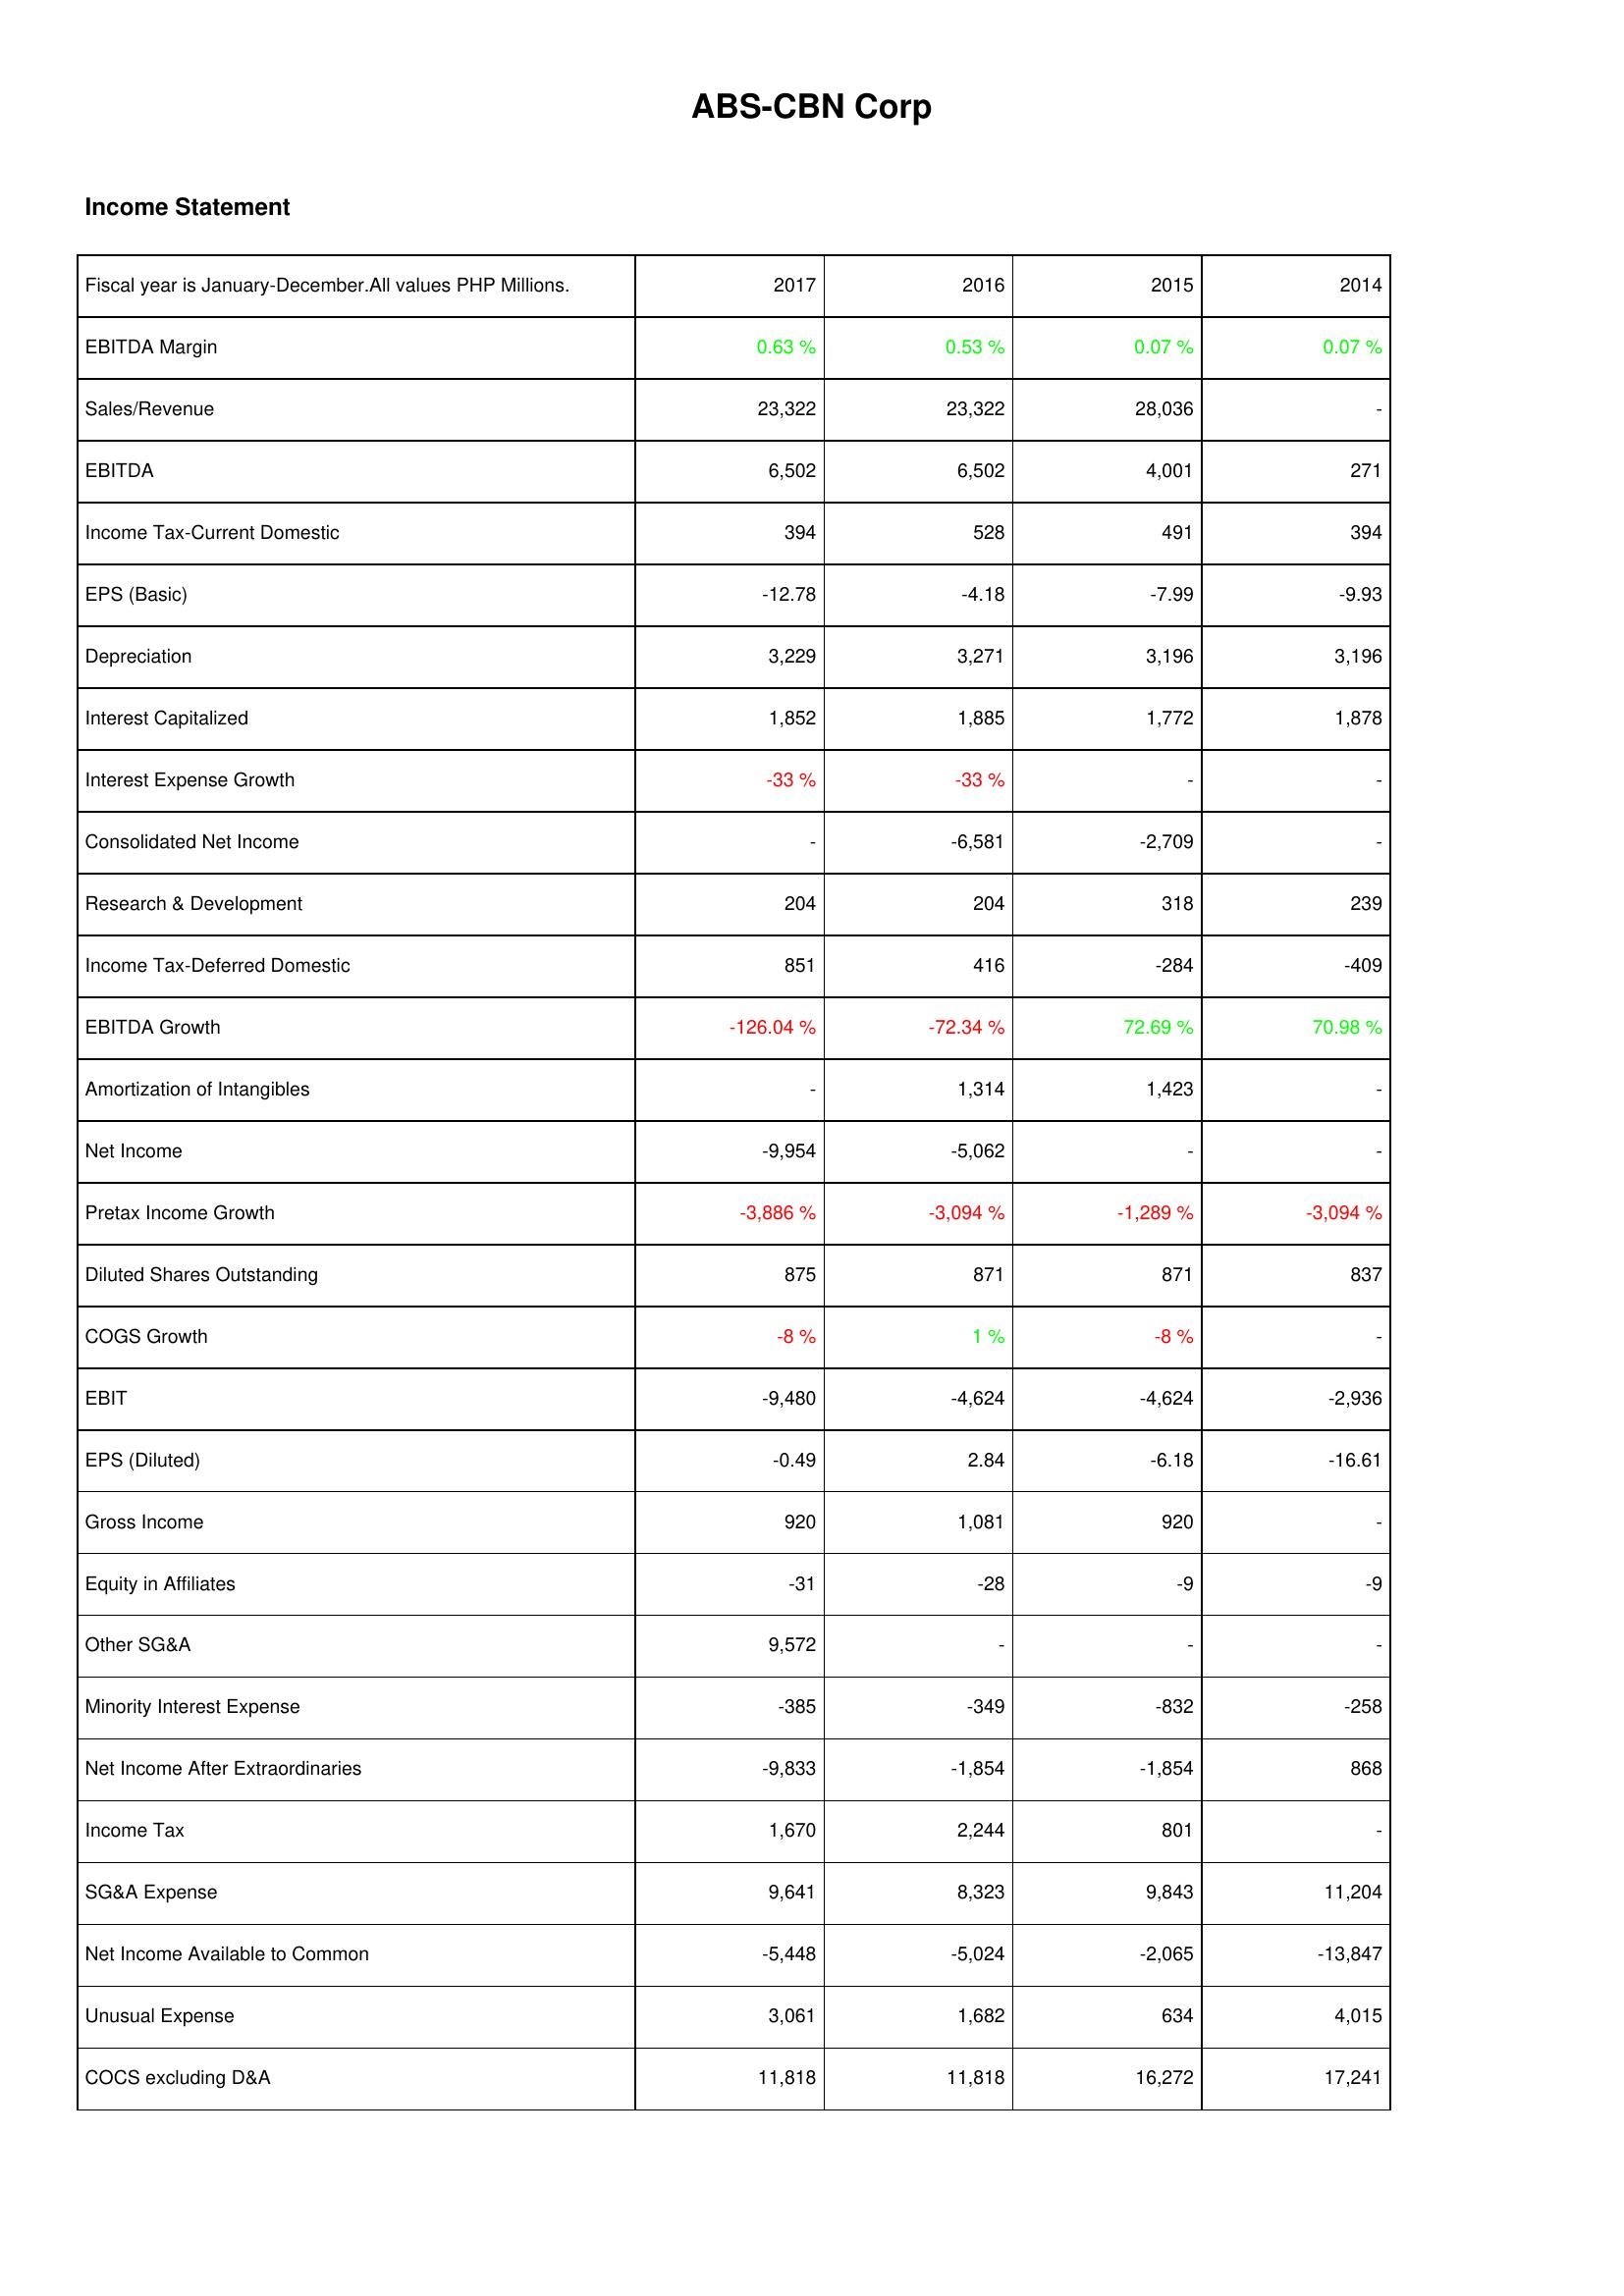
2017: Income Statement: EBITDA Margin: 0.63 %
Sales/Revenue: 23,322
EBITDA: 6,502
Income Tax-Current Domestic: 394
EPS (Basic): -12.78
Depreciation: 3,229
Interest Capitalized: 1,852
Interest Expense Growth: -33 %
Consolidated Net Income: -
Research & Development: 204
Income Tax-Deferred Domestic: 851
EBITDA Growth: -126.04 %
Amortization of Intangibles: -
Net Income: -9,954
Pretax Income Growth: -3,886 %
Diluted Shares Outstanding: 875
COGS Growth: -8 %
EBIT: -9,480
EPS (Diluted): -0.49
Gross Income: 920
Equity in Affiliates: -31
Other SG&A: 9,572
Minority Interest Expense: -385
Net Income After Extraordinaries: -9,833
Income Tax: 1,670
SG&A Expense: 9,641
Net Income Available to Common: -5,448
Unusual Expense: 3,061
COCS excluding D&A: 11,818
2016: Income Statement: EBITDA Margin: 0.53 %
Sales/Revenue: 23,322
EBITDA: 6,502
Income Tax-Current Domestic: 528
EPS (Basic): -4.18
Depreciation: 3,271
Interest Capitalized: 1,885
Interest Expense Growth: -33 %
Consolidated Net Income: -6,581
Research & Development: 204
Income Tax-Deferred Domestic: 416
EBITDA Growth: -72.34 %
Amortization of Intangibles: 1,314
Net Income: -5,062
Pretax Income Growth: -3,094 %
Diluted Shares Outstanding: 871
COGS Growth: 1 %
EBIT: -4,624
EPS (Diluted): 2.84
Gross Income: 1,081
Equity in Affiliates: -28
Other SG&A: -
Minority Interest Expense: -349
Net Income After Extraordinaries: -1,854
Income Tax: 2,244
SG&A Expense: 8,323
Net Income Available to Common: -5,024
Unusual Expense: 1,682
COCS excluding D&A: 11,818
2015: Income Statement: EBITDA Margin: 0.07 %
Sales/Revenue: 28,036
EBITDA: 4,001
Income Tax-Current Domestic: 491
EPS (Basic): -7.99
Depreciation: 3,196
Interest Capitalized: 1,772
Interest Expense Growth: -
Consolidated Net Income: -2,709
Research & Development: 318
Income Tax-Deferred Domestic: -284
EBITDA Growth: 72.69 %
Amortization of Intangibles: 1,423
Net Income: -
Pretax Income Growth: -1,289 %
Diluted Shares Outstanding: 871
COGS Growth: -8 %
EBIT: -4,624
EPS (Diluted): -6.18
Gross Income: 920
Equity in Affiliates: -9
Other SG&A: -
Minority Interest Expense: -832
Net Income After Extraordinaries: -1,854
Income Tax: 801
SG&A Expense: 9,843
Net Income Available to Common: -2,065
Unusual Expense: 634
COCS excluding D&A: 16,272
2014: Income Statement: EBITDA Margin: 0.07 %
Sales/Revenue: -
EBITDA: 271
Income Tax-Current Domestic: 394
EPS (Basic): -9.93
Depreciation: 3,196
Interest Capitalized: 1,878
Interest Expense Growth: -
Consolidated Net Income: -
Research & Development: 239
Income Tax-Deferred Domestic: -409
EBITDA Growth: 70.98 %
Amortization of Intangibles: -
Net Income: -
Pretax Income Growth: -3,094 %
Diluted Shares Outstanding: 837
COGS Growth: -
EBIT: -2,936
EPS (Diluted): -16.61
Gross Income: -
Equity in Affiliates: -9
Other SG&A: -
Minority Interest Expense: -258
Net Income After Extraordinaries: 868
Income Tax: -
SG&A Expense: 11,204
Net Income Available to Common: -13,847
Unusual Expense: 4,015
COCS excluding D&A: 17,241